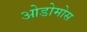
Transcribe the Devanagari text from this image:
ओडोमोस